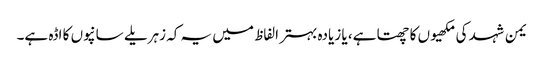
یمن شہد کی مکھیوں کا چھتا ہے، یا زیادہ بہتر الفاظ میں یہ کہ زہریلے سانپوں کا اڈہ ہے۔